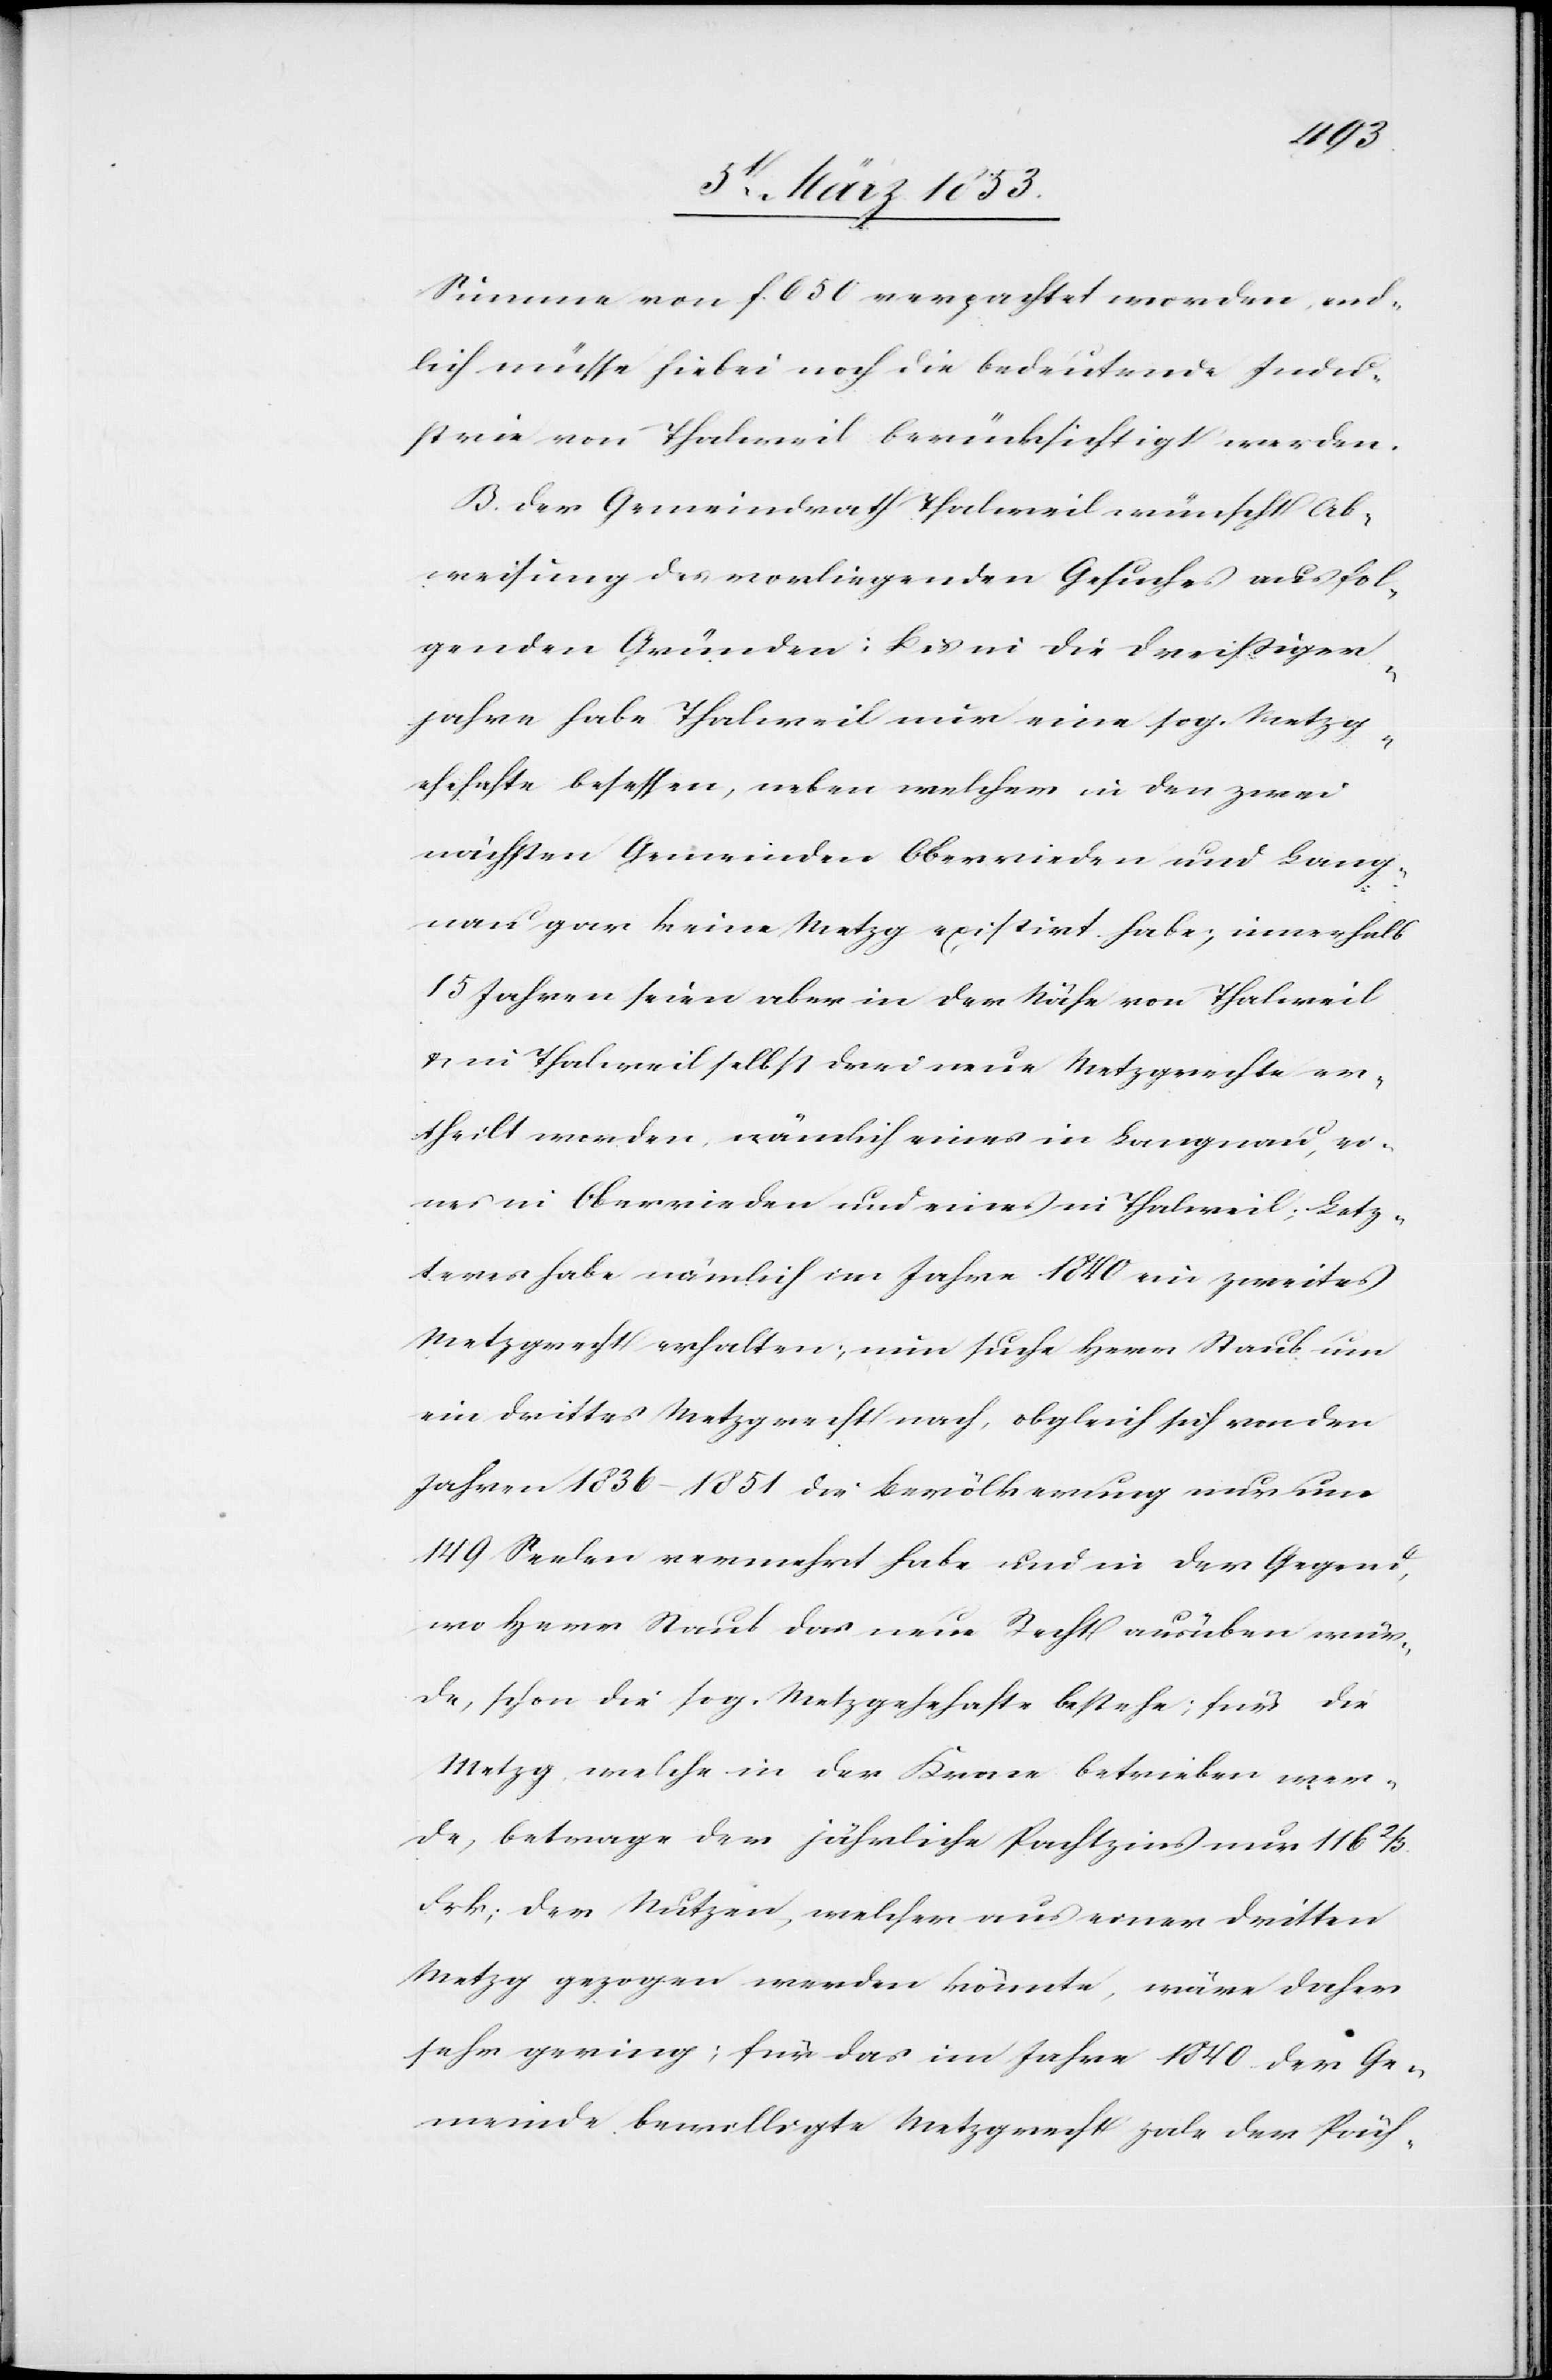
Summe von f. 650 verpachtet worden end¬
lich müsse hiebei noch die bedeutende Indu¬
strie von Thalweil berücksichtigt werden.
B. Der Gemeindrath Thalweil wünscht Ab¬
weisung des vorliegenden Gesuches aus fol¬
genden Gründen: Bis in die Dreißiger
Jahre habe Thalweil nur eine sog. Metzg¬
eschafte besessen, neben welcher in den zwei
nächsten Gemeinden Oberrieden und Lang¬
nau gar keine Metzg exisitirt habe, innerhalb
15 Jahren seien aber in der Nähe von Thalweil
in Thalweil selbst drei neue Metzgrechte er¬
theilt worden, nämlich eines in Langnau ei¬
nes in Oberrieden und eines in Thalweil. Letz¬
teres habe nämlich im Jahre 1840 ein zweites
Metzgrecht erhalten, nun suche Herr Staub um
ein drittes Metzgrecht nach, obgleich sich von den
Jahren 1836–1851 die Bevölkerung nur um
149 Seelen vermehrt habe und in der Gegend,
wo Herr Staub das neue Recht ausüben wür¬
de, schon die sog. Metzgeschafte bestehe; für die
Metzg welche in der Krone betrieben wer¬
de, betrage der jährliche Pachtzins nur 116 2/3
Frk. der Nutzen, welcher aus einer dritten
Metzg gezogen werden könnte, wäre daher
sehr gering; für das im Jahre 1840 der Ge¬
meinde bewilligte Metzgrecht zale [sic!]